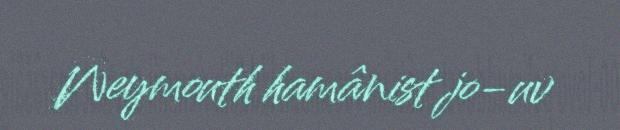
Weymouth hamânist jo-uv